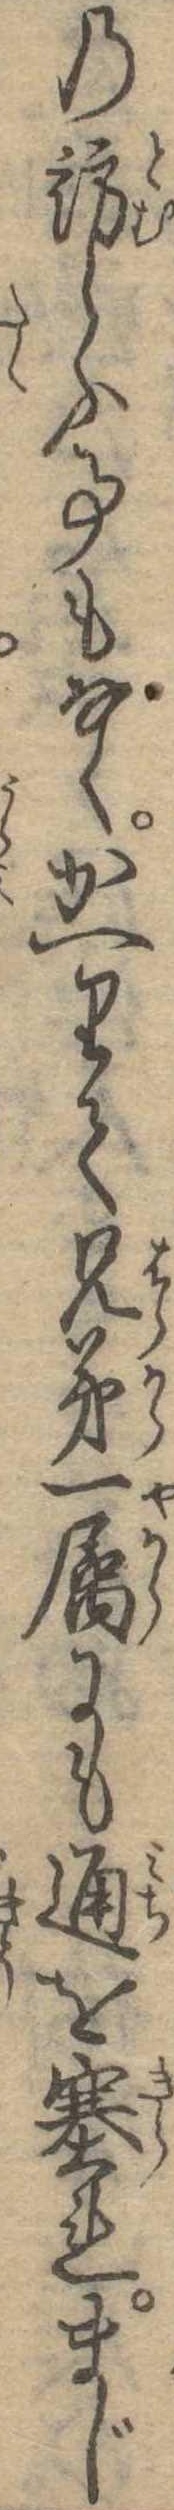
の訪らふ事もなくかへりて兄弟一属にも通を塞れまじ